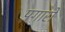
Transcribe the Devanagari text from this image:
पगारों